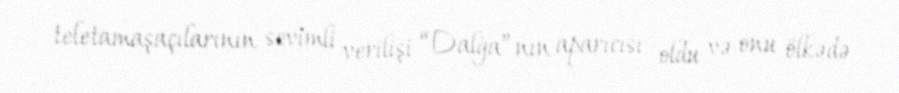
teletamaşaçılarının sevimli verilişi “Dalğa”nın aparıcısı oldu və onu ölkədə